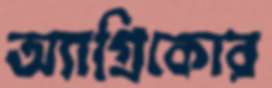
অ্যাগ্রিকোর